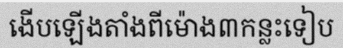
ងើបឡើងតាំងពីម៉ោង៣កន្លះទៀប